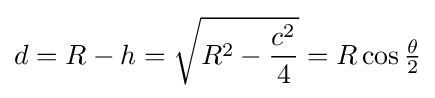
d=R-h={\sqrt {R^{2}-{\frac {c^{2}}{4}}}}=R\cos {\tfrac {\theta }{2}}